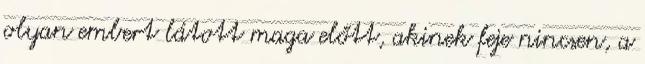
olyan embert látott maga előtt, akinek feje nincsen, a